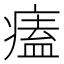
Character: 𤸱